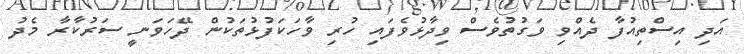
އަދި އިސްތިއުފާ ދެއްވި ވަގުތުވެސް ވިދާޅުވެފައި ހުރި ވާހަކަފުޅުތަކުން ދޭހަވަނީ ސަރުކާރާ މެދު